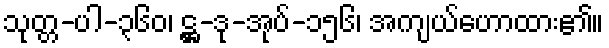
သုတ္တ-ပါ-၃၆၀၊ ဋ္ဌ-ဒု-အုပ်-၁၅၆၊ အကျယ်ဟောထား၏။